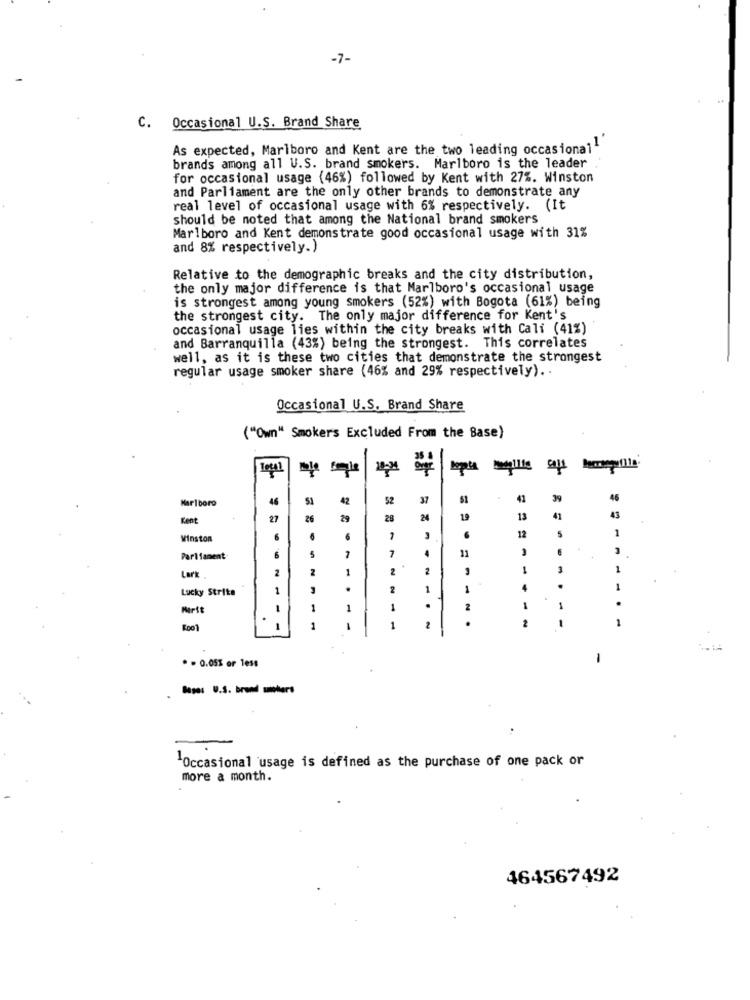
-7-
C. Occasional U.S. Brand Share
As expected, Marlboro and Kent are the two leading occasional"
brands among all U.S. brand smokers. Marlboro is the leader
for occasional usage (46%) followed by Kent with 27%. Winston
and Parliament are the only other brands to demonstrate any
real level of occasional usage with 6% respectively. (It
should be noted that among the National brand smokers
Marlboro and Kent demonstrate good occasional usage with 31%
and 8% respectively.)
Relative to the demographic breaks and the city distribution,
the only major difference is that Marlboro's occasional usage
is strongest among young smokers (52%) with Bogota (61%) being
the strongest city. The only major difference for Kent's
occasional usage lies within the city breaks with Cali (41%)
and Barranquilla (43%) being the strongest. This correlates
well, as it is these two cities that demonstrate the strongest
regular usage smoker share (46% and 29% respectively) ..
Occasional U.S. Brand Share
("Own" Smokers Excluded From the Base)
Total
Marlboro
42
52
37
Kent
27
26
29
28
24
19
Winston
6
5
-
Parliament
.
Lark
2
2
1
2
2
Lucky Strike
1
1
Merit
1
1
1
2
-
-
1
1
2
* = 0.05% or less
Base: U.S. brond moters
"Occasional usage is defined as the purchase of one pack or
more a month.
464567492